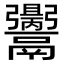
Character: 𩱪